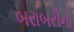
બરાબરીનો